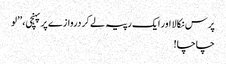
پرس نکالا اور ایک رپیہ لے کر دروازے پر پہنچی، ’’لو
چاچا!